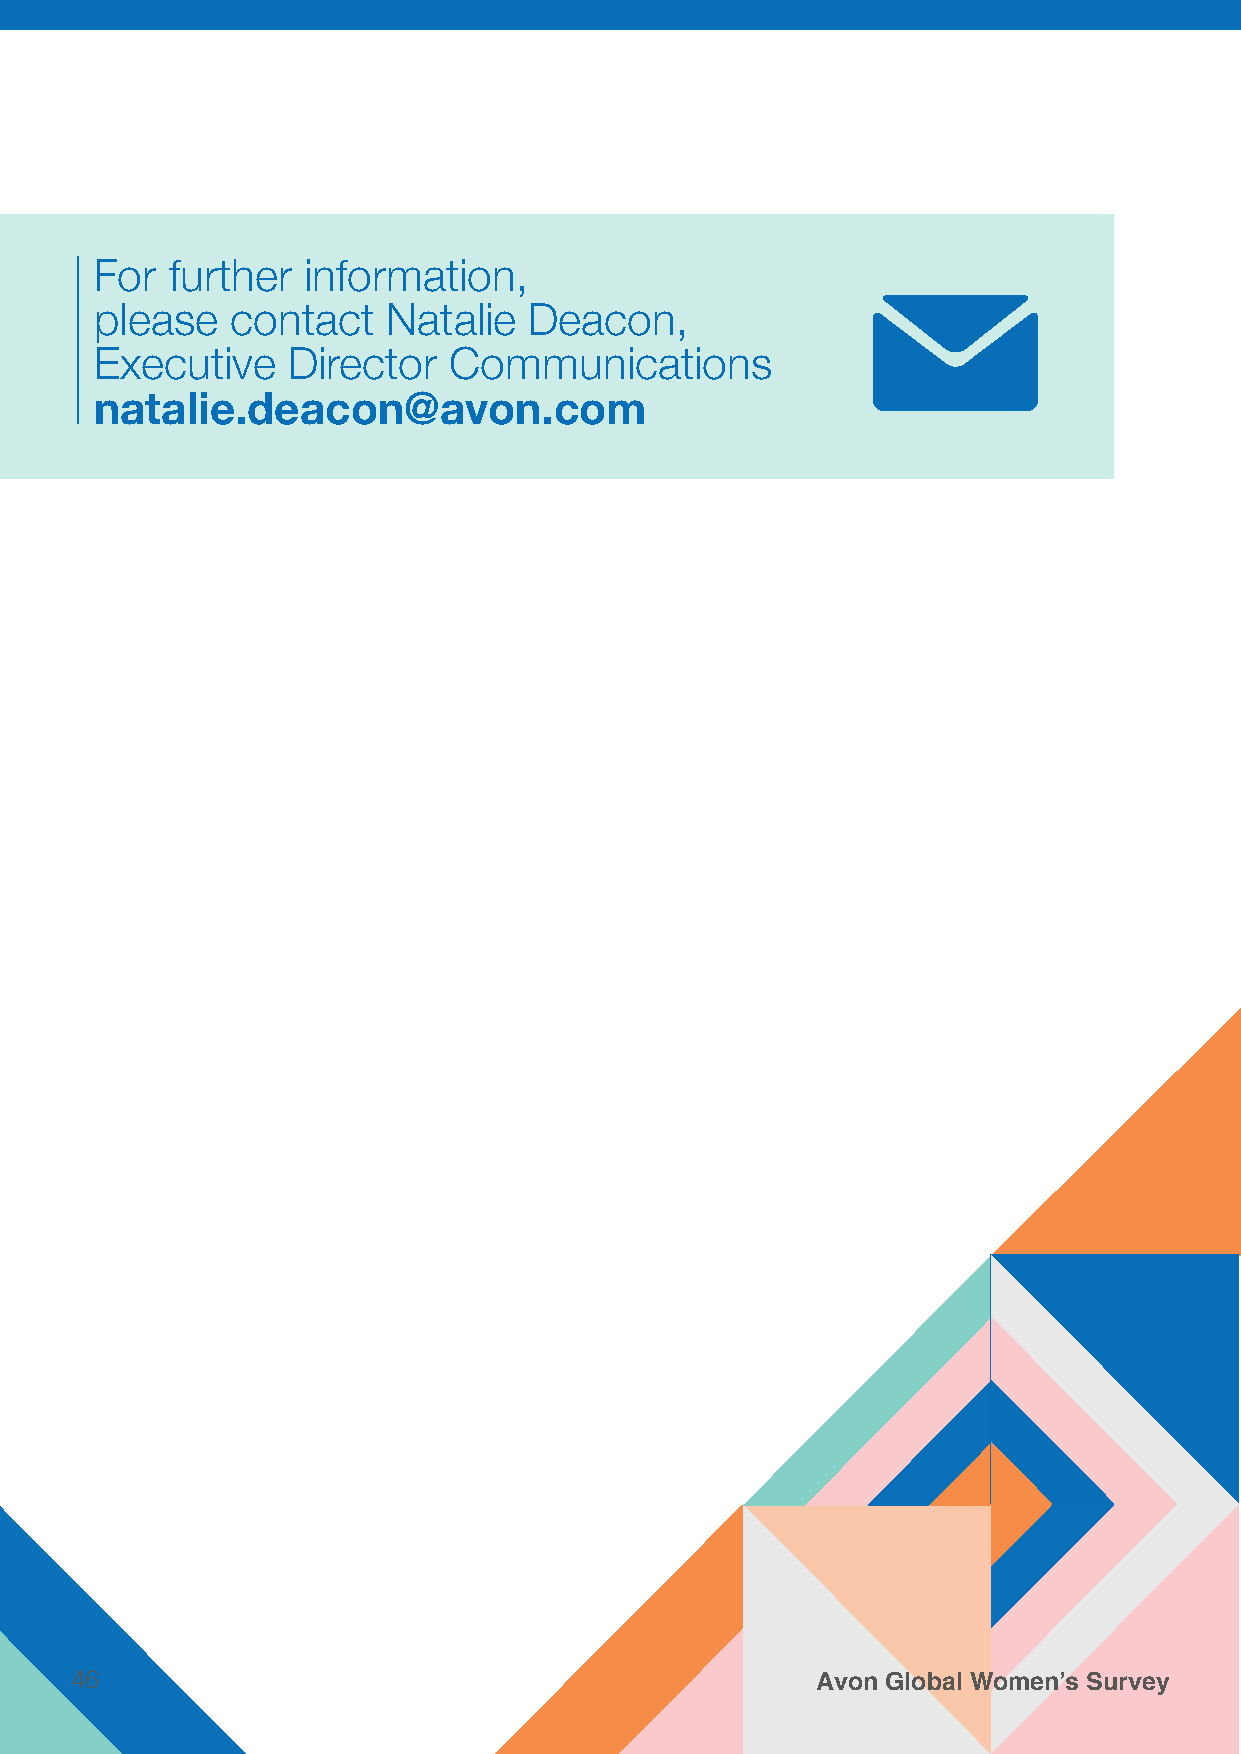
For  further  information,
 please   contact    Natalie  Deacon,
 Executive    Director   Communications
 natalie.deacon@avon.com
 46                                               Avon Global Women’s Survey